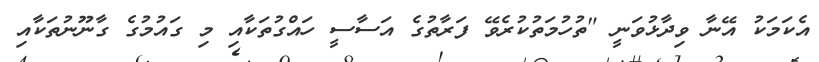
އެކަމަކު އޭނާ ވިދާޅުވަނީ "ތުހުމަތުކުރެވޭ ފަރާތުގެ އަސާސީ ހައްގުތަކާއި މި ގައުމުގެ ގާނޫނުތަކާއި